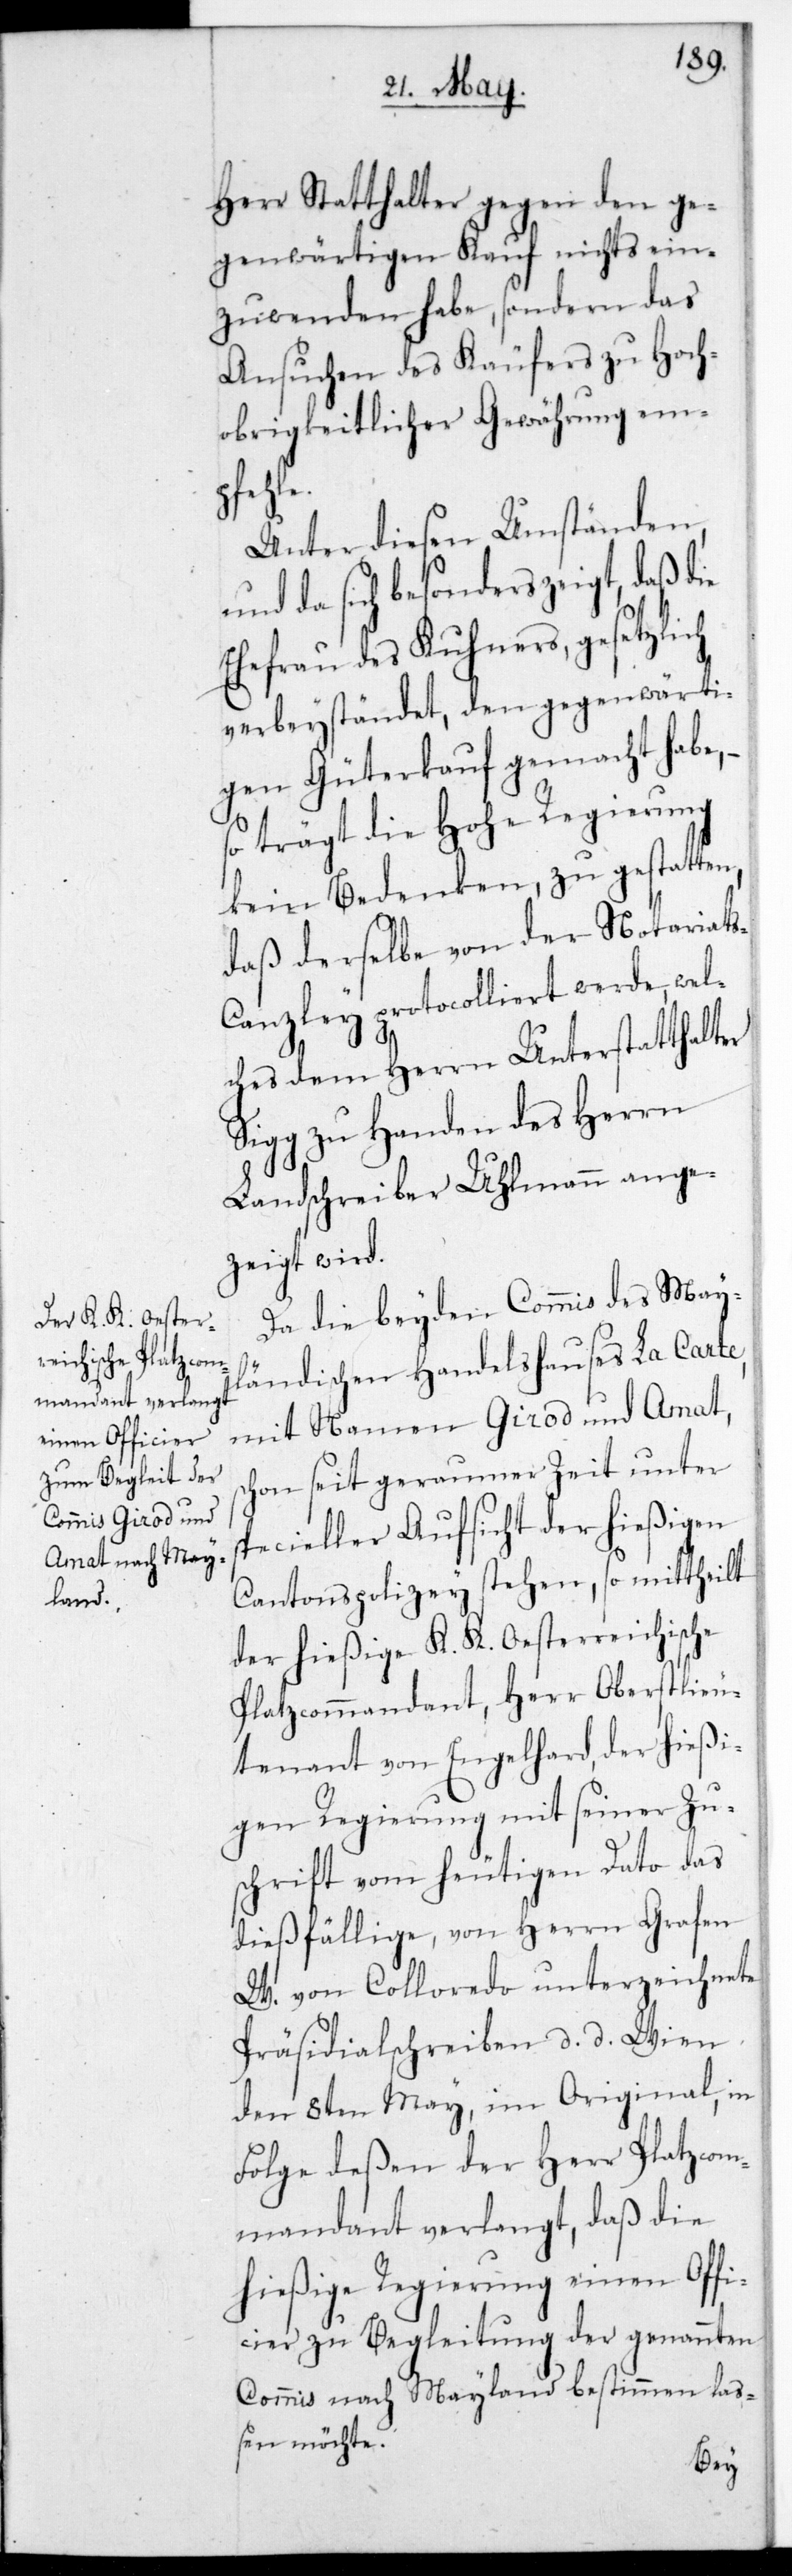
Herr Statthalter gegen den ge¬
genwärtigen Kauf nichts ein¬
zuwenden habe, sondern das
Ansuchen des Käufers zu Hoch¬
obrigkeitlicher Gewährung em¬
sch¬
Unter diesen Umständen,
da sich besonders zeigt, daß die
Ehefrau des Kuhners, gesetzlich
verbeyständet, den gegenwärti¬
gen Güterkauf gemacht habe,
so trägt die Hohe Regierung
kein Bedenken zu gestatten,
daß derselbe von der Notariat¬
anzley protocolliert werde, wel¬
ches dem Herrn Unterstatthalter
Sigg zu Handen des Herrn
Landschreiber Uhlmann ange¬
zeigt wird.
Da die beyden Commis des mai¬
ländischen Handelshauses La Carte,
mit Namen Girod und Amat,
on seit geraumer Zeit unter
specieller Aufsicht der hießigen
Cantonspolizey stehen, so mittheilt
der hießige K. K. Oesterreichische
Platzcommandant, Herr Oberstlieu¬
tenant von Engelhard, der hießi¬
gen Regierung mit seiner Zu¬
schrift vom heutigen Dato das
dießfällige, von Herrn Grafen
W. von Colloredo unterzeichnete
Präsidialschreiben, datiert Wien
den 8ten May, im Original, in
Folge deßen der Herr Platzcom¬
mandant verlangt, daß die
hießige Regierung einen Offi¬
cier zu Begleitung der genannten
Commis nach Mayland bestimmen laß¬
en möchte.